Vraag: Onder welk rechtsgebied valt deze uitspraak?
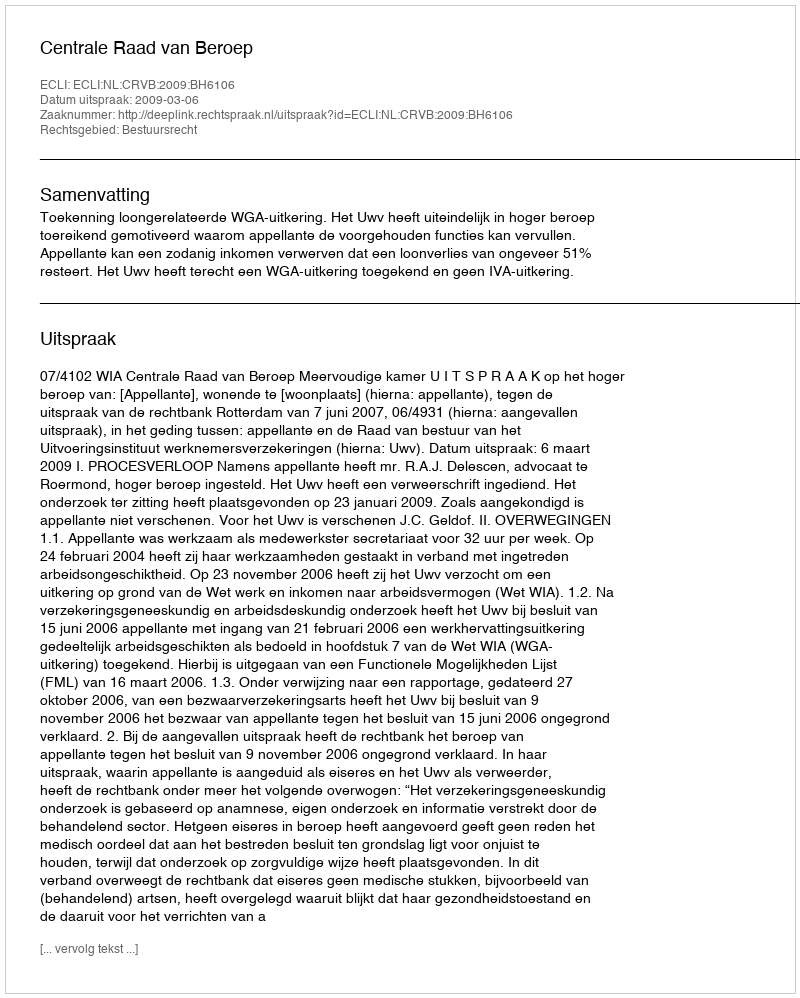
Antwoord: Bestuursrecht